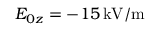
E _ { 0 z } = - 1 5 \, \mathrm { k V / m }